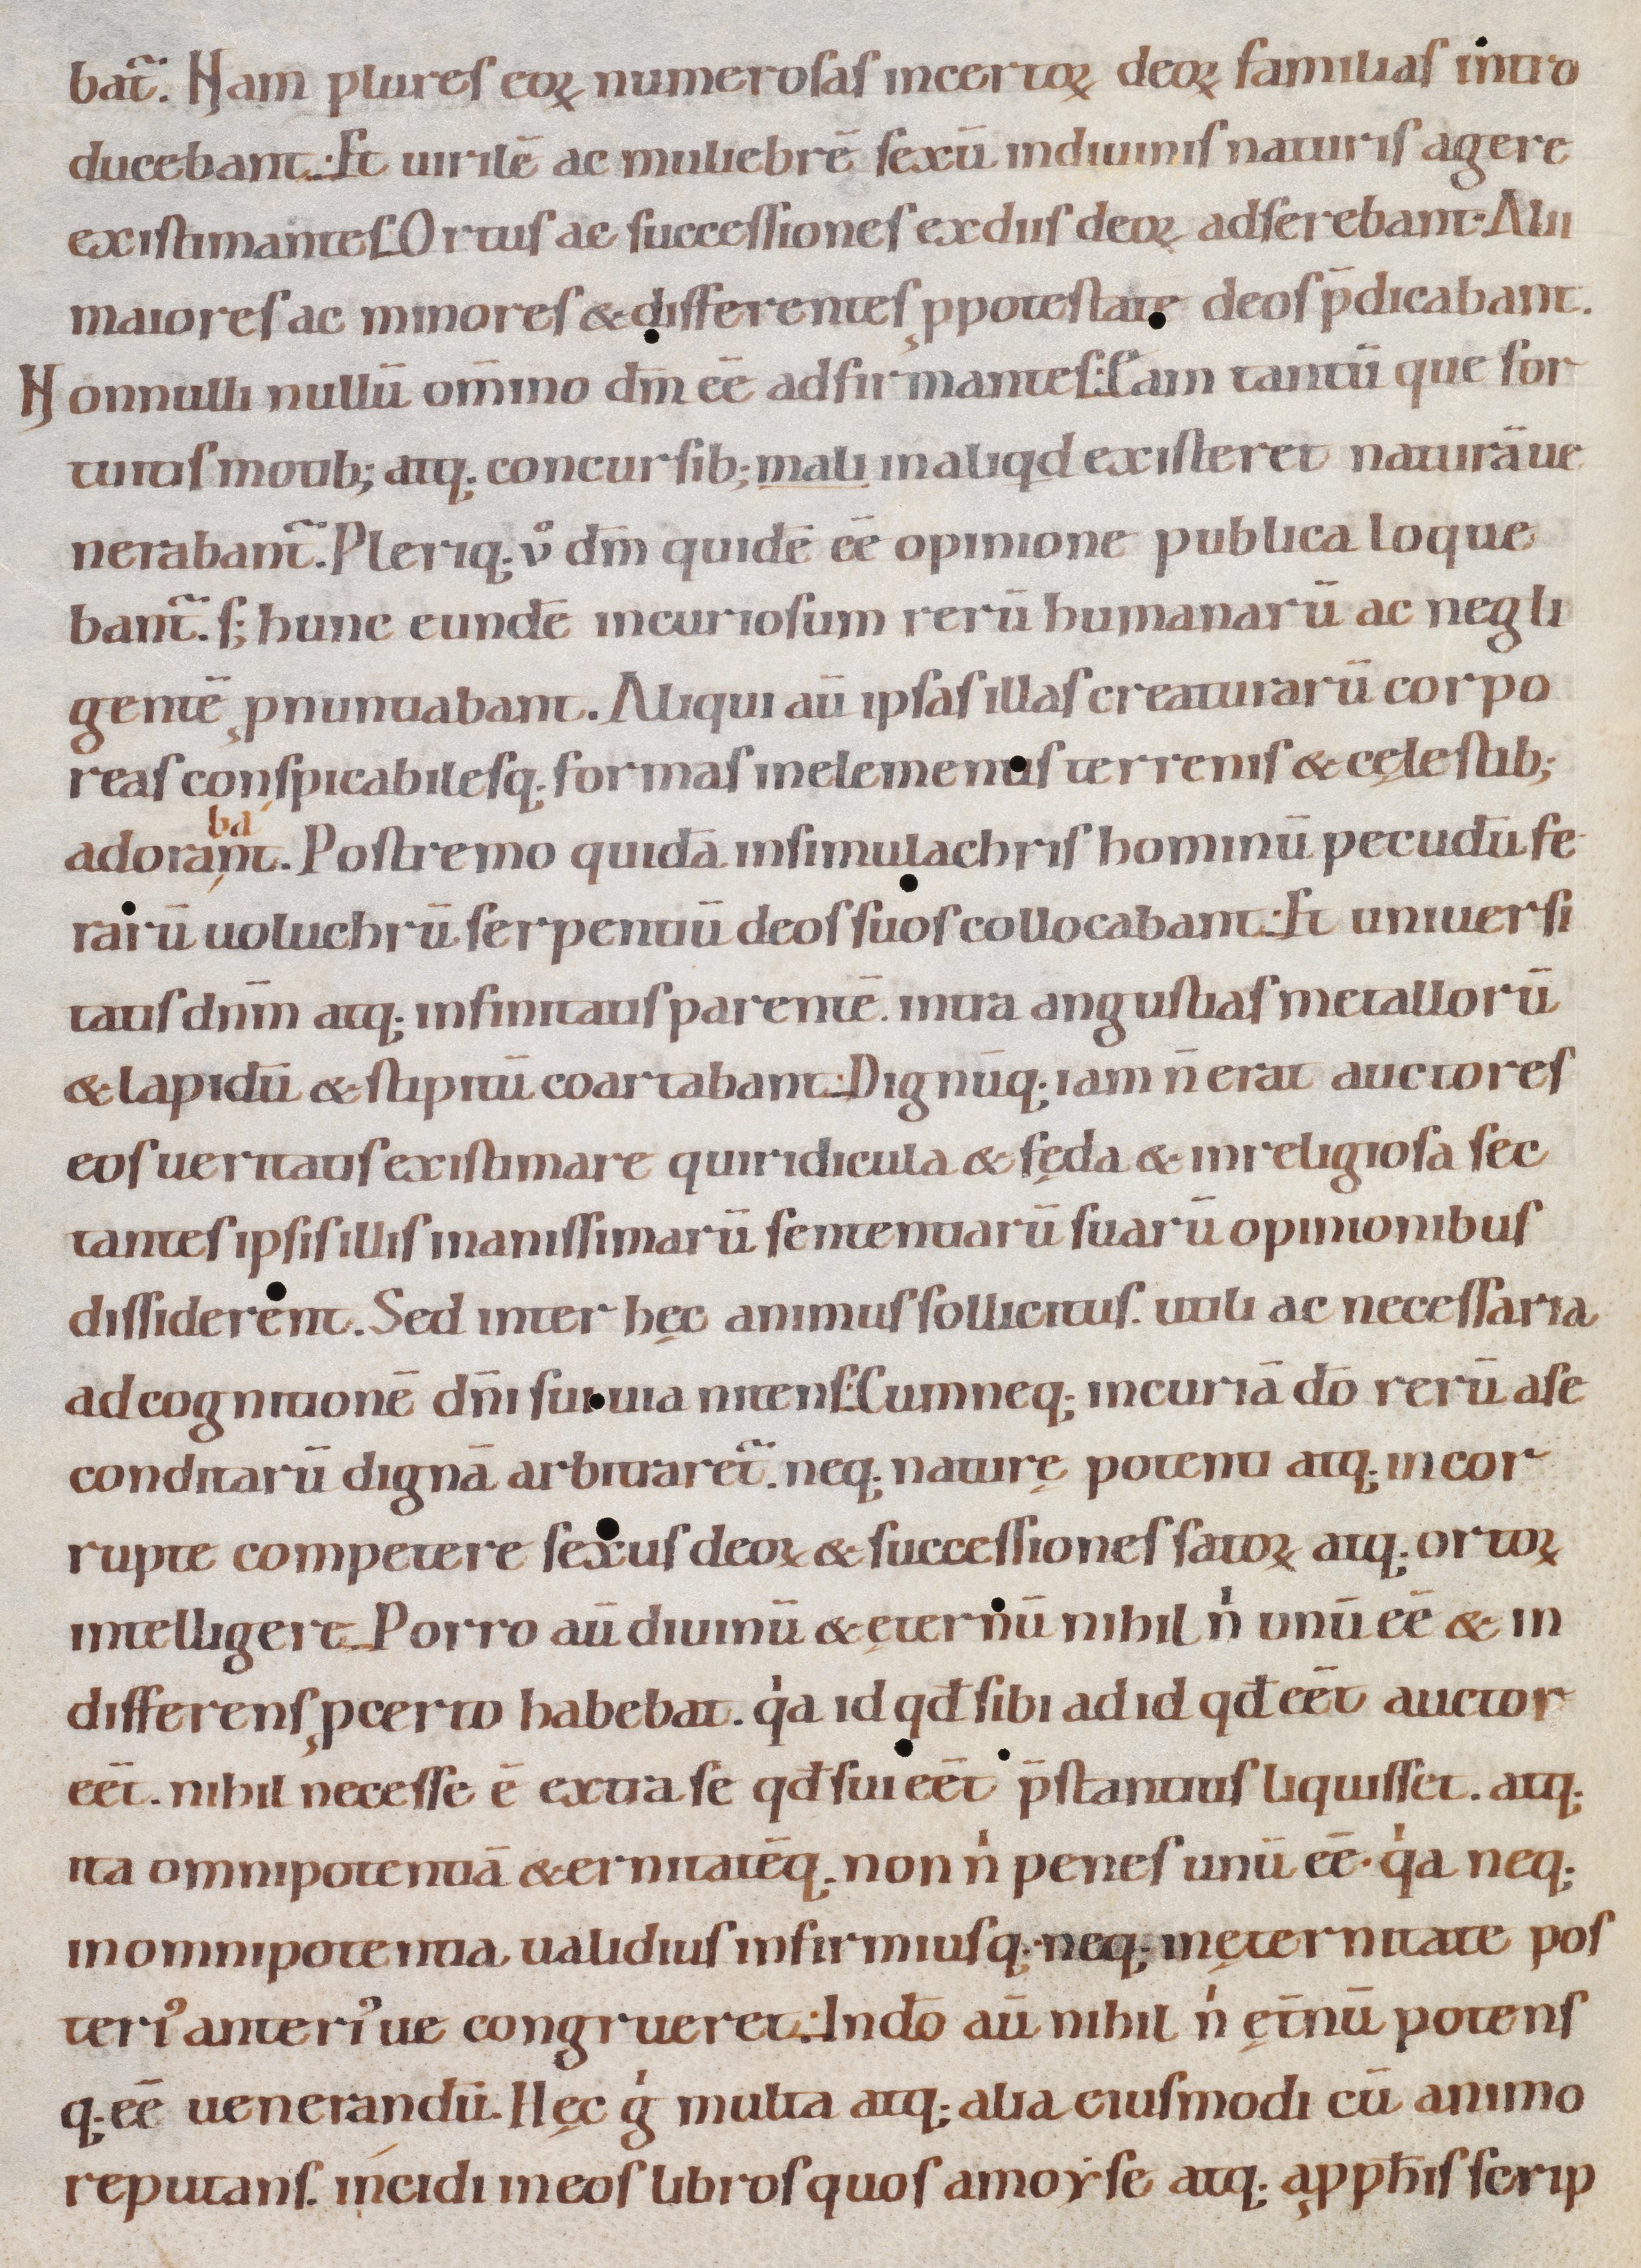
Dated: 1080–1096